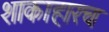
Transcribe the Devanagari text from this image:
शाकाहारच